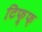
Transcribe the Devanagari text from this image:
टिफ़्फ़